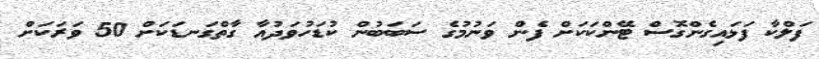
ފަލްކާ ފަޅައިގެންގޮސް ޓޭންކަކަށް ފެން ވަނުމުގެ ސަބަބުން ކުޑަހުވަދުއާ ގާތްގަނޑަކަށް 50 ވަރަކަށް